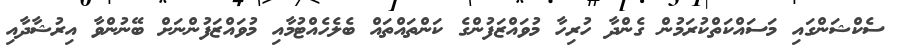
ސެކްޝަންގައި މަސައްކަތްކުރަމުން ގެންދާ ހުރިހާ މުވައްޒަފުންގެ ކަންތައްތައް ބެލެހެއްޓުމާއި މުވައްޒަފުންނަށް ބޭނުންވާ އިރުޝާދާއި